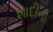
શાદીની